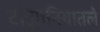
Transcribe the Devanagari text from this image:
टांझानियातले